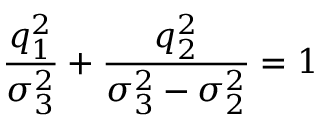
\frac { q _ { 1 } ^ { 2 } } { \sigma _ { 3 } ^ { 2 } } + \frac { q _ { 2 } ^ { 2 } } { \sigma _ { 3 } ^ { 2 } - \sigma _ { 2 } ^ { 2 } } = 1